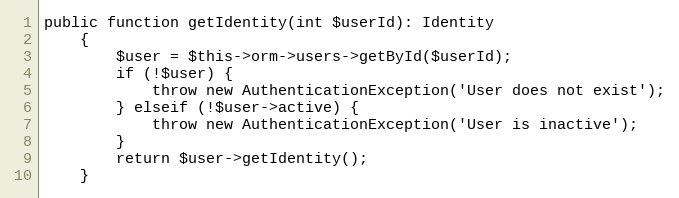
Language: PHP
public function getIdentity(int $userId): Identity
	{
		$user = $this->orm->users->getById($userId);
		if (!$user) {
			throw new AuthenticationException('User does not exist');
		} elseif (!$user->active) {
			throw new AuthenticationException('User is inactive');
		}
		return $user->getIdentity();
	}